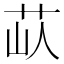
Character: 𦭗